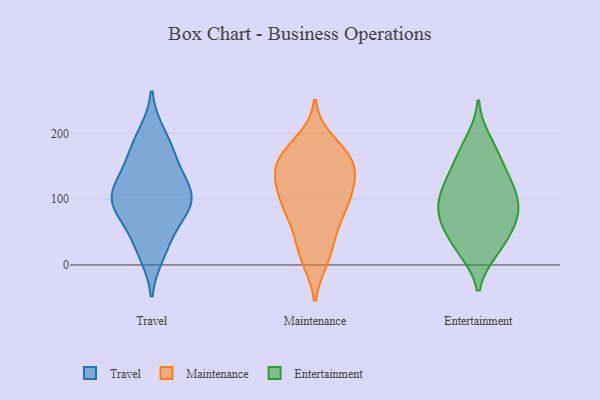
{"axis": {"x": "Energy Usage (MWh)", "y": "Value"}, "legend": ["Entertainment", "Maintenance", "Travel"], "data": [{"x": "", "y": 90, "type": "Travel"}, {"x": "", "y": 161, "type": "Travel"}, {"x": "", "y": 115, "type": "Travel"}, {"x": "", "y": 174, "type": "Travel"}, {"x": "", "y": 104, "type": "Travel"}, {"x": "", "y": 199, "type": "Travel"}, {"x": "", "y": 132, "type": "Travel"}, {"x": "", "y": 37, "type": "Travel"}, {"x": "", "y": 81, "type": "Travel"}, {"x": "", "y": 17, "type": "Travel"}, {"x": "", "y": 110, "type": "Travel"}, {"x": "", "y": 77, "type": "Travel"}, {"x": "", "y": 155, "type": "Maintenance"}, {"x": "", "y": 10, "type": "Maintenance"}, {"x": "", "y": 148, "type": "Maintenance"}, {"x": "", "y": 187, "type": "Maintenance"}, {"x": "", "y": 10, "type": "Maintenance"}, {"x": "", "y": 156, "type": "Maintenance"}, {"x": "", "y": 106, "type": "Maintenance"}, {"x": "", "y": 36, "type": "Maintenance"}, {"x": "", "y": 79, "type": "Maintenance"}, {"x": "", "y": 120, "type": "Maintenance"}, {"x": "", "y": 92, "type": "Maintenance"}, {"x": "", "y": 169, "type": "Maintenance"}, {"x": "", "y": 94, "type": "Maintenance"}, {"x": "", "y": 154, "type": "Maintenance"}, {"x": "", "y": 49, "type": "Maintenance"}, {"x": "", "y": 136, "type": "Maintenance"}, {"x": "", "y": 122, "type": "Maintenance"}, {"x": "", "y": 83, "type": "Maintenance"}, {"x": "", "y": 172, "type": "Maintenance"}, {"x": "", "y": 26, "type": "Entertainment"}, {"x": "", "y": 76, "type": "Entertainment"}, {"x": "", "y": 122, "type": "Entertainment"}, {"x": "", "y": 62, "type": "Entertainment"}, {"x": "", "y": 57, "type": "Entertainment"}, {"x": "", "y": 190, "type": "Entertainment"}, {"x": "", "y": 25, "type": "Entertainment"}, {"x": "", "y": 132, "type": "Entertainment"}, {"x": "", "y": 139, "type": "Entertainment"}, {"x": "", "y": 170, "type": "Entertainment"}, {"x": "", "y": 21, "type": "Entertainment"}, {"x": "", "y": 76, "type": "Entertainment"}, {"x": "", "y": 106, "type": "Entertainment"}, {"x": "", "y": 64, "type": "Entertainment"}, {"x": "", "y": 91, "type": "Entertainment"}, {"x": "", "y": 96, "type": "Entertainment"}, {"x": "", "y": 113, "type": "Entertainment"}, {"x": "", "y": 165, "type": "Entertainment"}]}